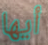
أيها